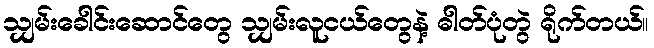
သျှမ်းခေါင်းဆောင်တွေ သျှမ်းလူငယ်တွေနဲ့ ဓါတ်ပုံတွဲ ရိုက်တယ်။